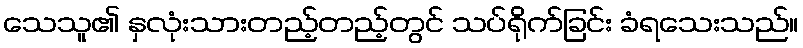
သေသူ၏ နှလုံးသားတည့်တည့်တွင် သပ်ရိုက်ခြင်း ခံရသေးသည်။